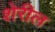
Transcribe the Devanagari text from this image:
शेरील